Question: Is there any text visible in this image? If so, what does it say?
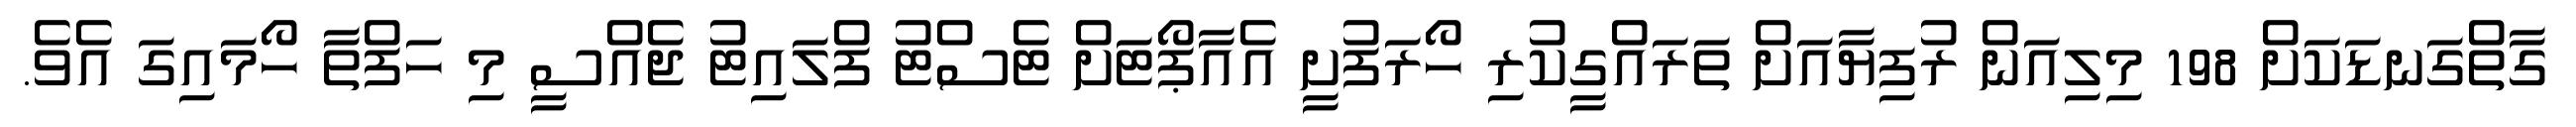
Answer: ގާތްގަނޑަކަށް 198 މިލިއަން ރުފިޔާއަށް ތަރައްގީކުރި ހޯރަފުށީ އެއާޕޯޓަށް ޓެސްޓު ފްލައިޓު ޖެއްސީ މި ހަފްތާ ހޯމައިގަ އެވެ.